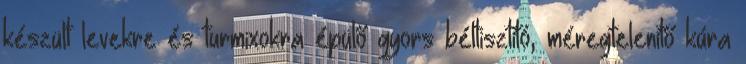
készült levekre és turmixokra épülő gyors béltisztító, méregtelenítő kúra